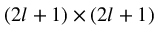
( 2 l + 1 ) \times ( 2 l + 1 )